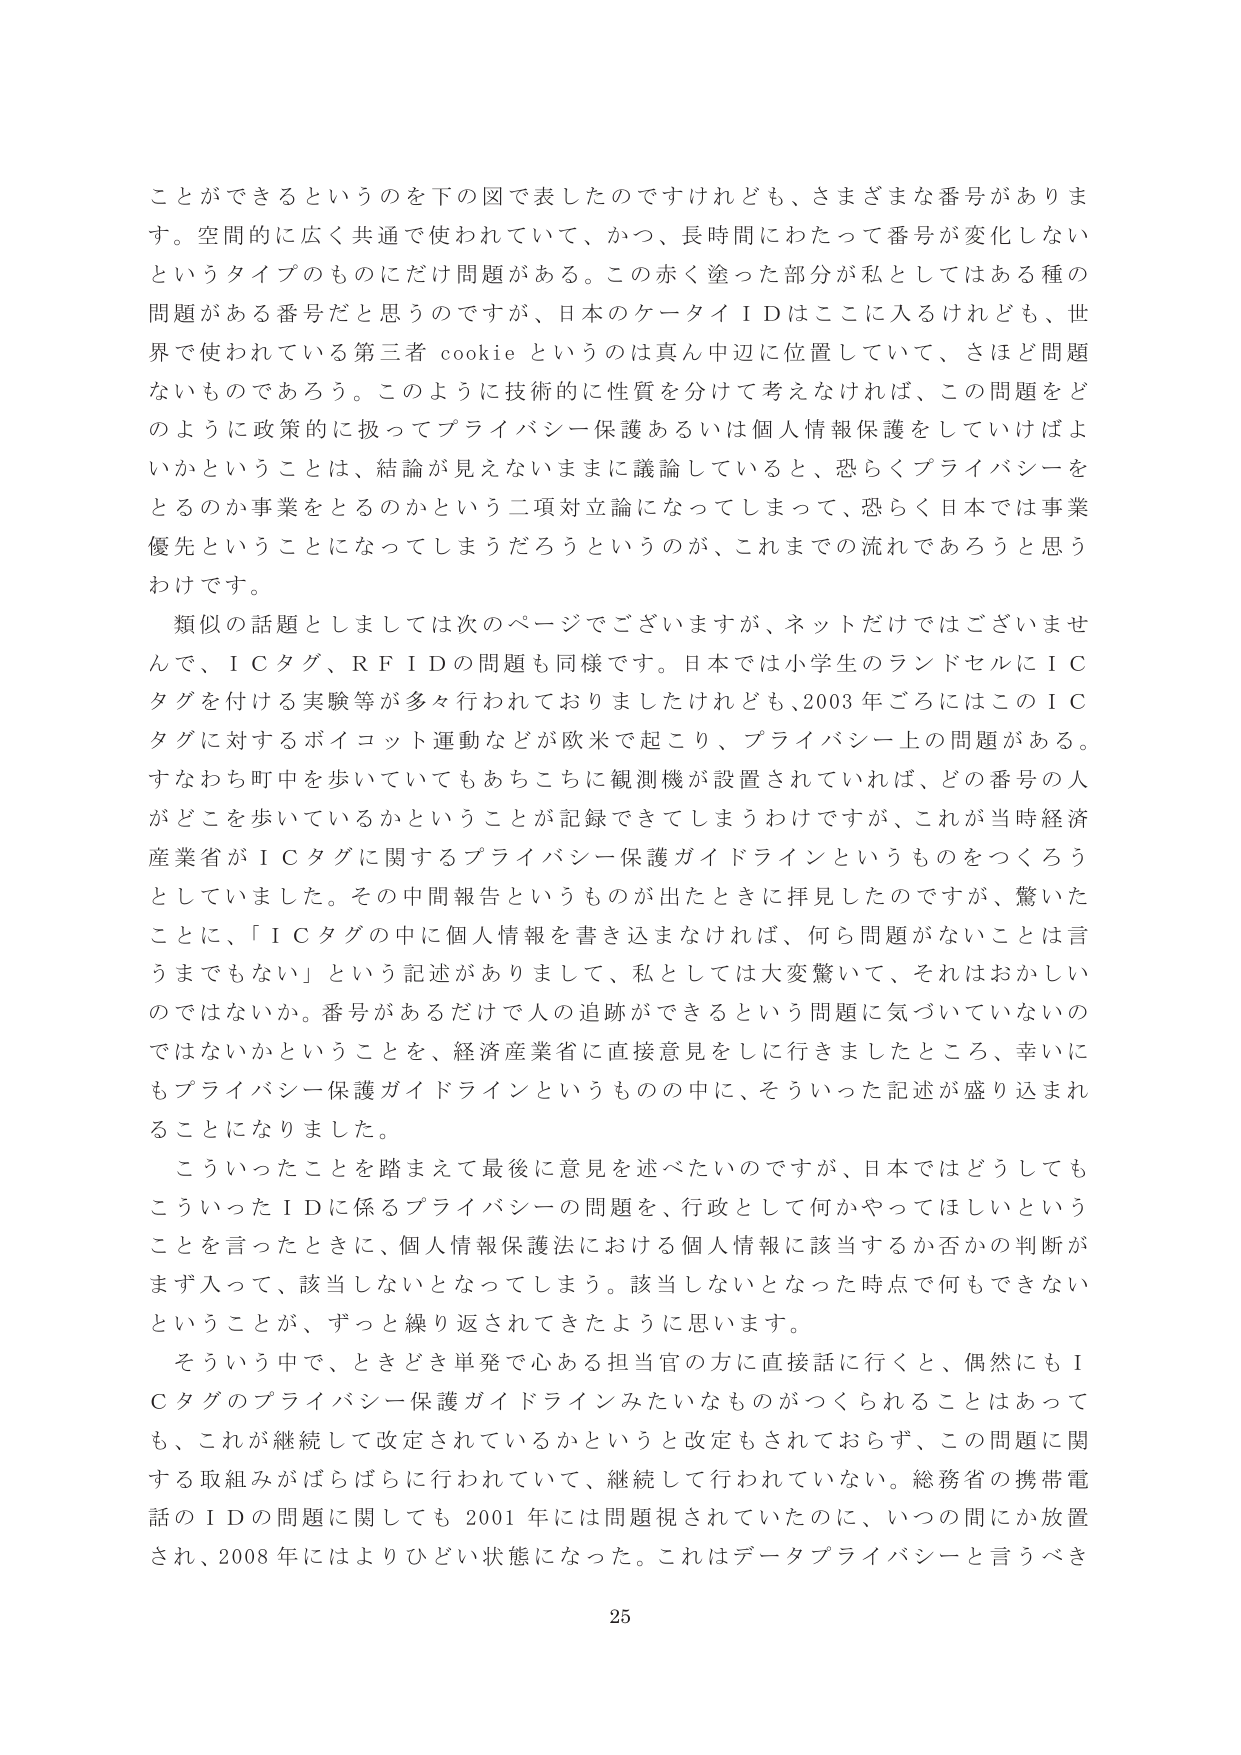
ことができるというのを下の図で表したのですけれども、さまざまな番号があります。空間的に広く共通で使われていて、かつ、長時間にわたって番号が変化しないというタイプのものにだけ問題がある。この赤く塗った部分が私としてはある種の問題がある番号だと思うのですが、日本のケータイＩＤはここに入るけれども、世界で使われている第三者 cookie というのは真ん中辺に位置していて、さほど問題ないものであろう。このように技術的に性質を分けて考えなければ、この問題をどのように政策的に扱ってプライバシー保護あるいは個人情報保護をしていけばよいかということは、結論が見えないままに議論していると、恐らくプライバシーをとるのか事業をとるのかという二項対立論になってしまって、恐らく日本では事業優先ということになってしまうだろうというのが、これまでの流れであろうと思うわけです。

類似の話題としましては次のページでございますが、ネットだけではございませんで、ＩＣタグ、ＲＦＩＤの問題も同様です。日本では小学生のランドセルにＩＣタグを付ける実験等が多々行われておりましたけれども、2003年ごろにはこのＩＣタグに対するボイコット運動などが欧米で起こり、プライバシー上の問題がある。すなわち町中を歩いていてもあちこちに観測機が設置されていれば、どの番号の人がどこを歩いているかということが記録できてしまうわけですが、これが当時経済産業省がＩＣタグに関するプライバシー保護ガイドラインというものをつくろうとしていました。その中間報告というものが出たときに拝見したのですが、驚いたことに、「ＩＣタグの中に個人情報を書き込まなければ、何ら問題がないことは言うまでもない」という記述がありまして、私としては大変驚いて、それはおかしいのではないか。番号があるだけで人の追跡ができるという問題に気づいていないのではないかということを、経済産業省に直接意見をしに行きましたところ、幸いにもプライバシー保護ガイドラインというものの中に、そういった記述が盛り込まれることになりました。

こういったことを踏まえて最後に意見を述べたいのですが、日本ではどうしてもこういったＩＤに係るプライバシーの問題を、行政として何かやってほしいということを言ったときに、個人情報保護法における個人情報に該当するか否かの判断がまず入って、該当しないとなってしまう。該当しないとなった時点で何もできないということが、ずっと繰り返されてきたように思います。

そういう中で、ときどき単発で心ある担当官の方に直接話に行くと、偶然にもＩＣタグのプライバシー保護ガイドラインみたいなものがつくられることはあるっても、これが継続して改定されているかというと改定もされておらず、この問題に関する取組みがばらばらに行われていて、継続して行われていない。総務省の携帯電話のＩＤの問題に関しても2001年には問題視されていたのに、いつの間にか放置され、2008年にはよりひどい状態になった。これはデータプライバシーと言うべき

25